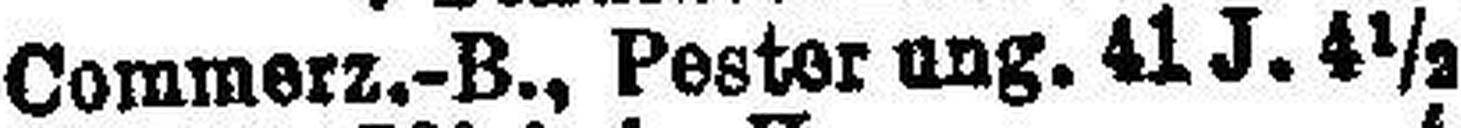
Commerz.-B., Pester ung. 41 J. 4½